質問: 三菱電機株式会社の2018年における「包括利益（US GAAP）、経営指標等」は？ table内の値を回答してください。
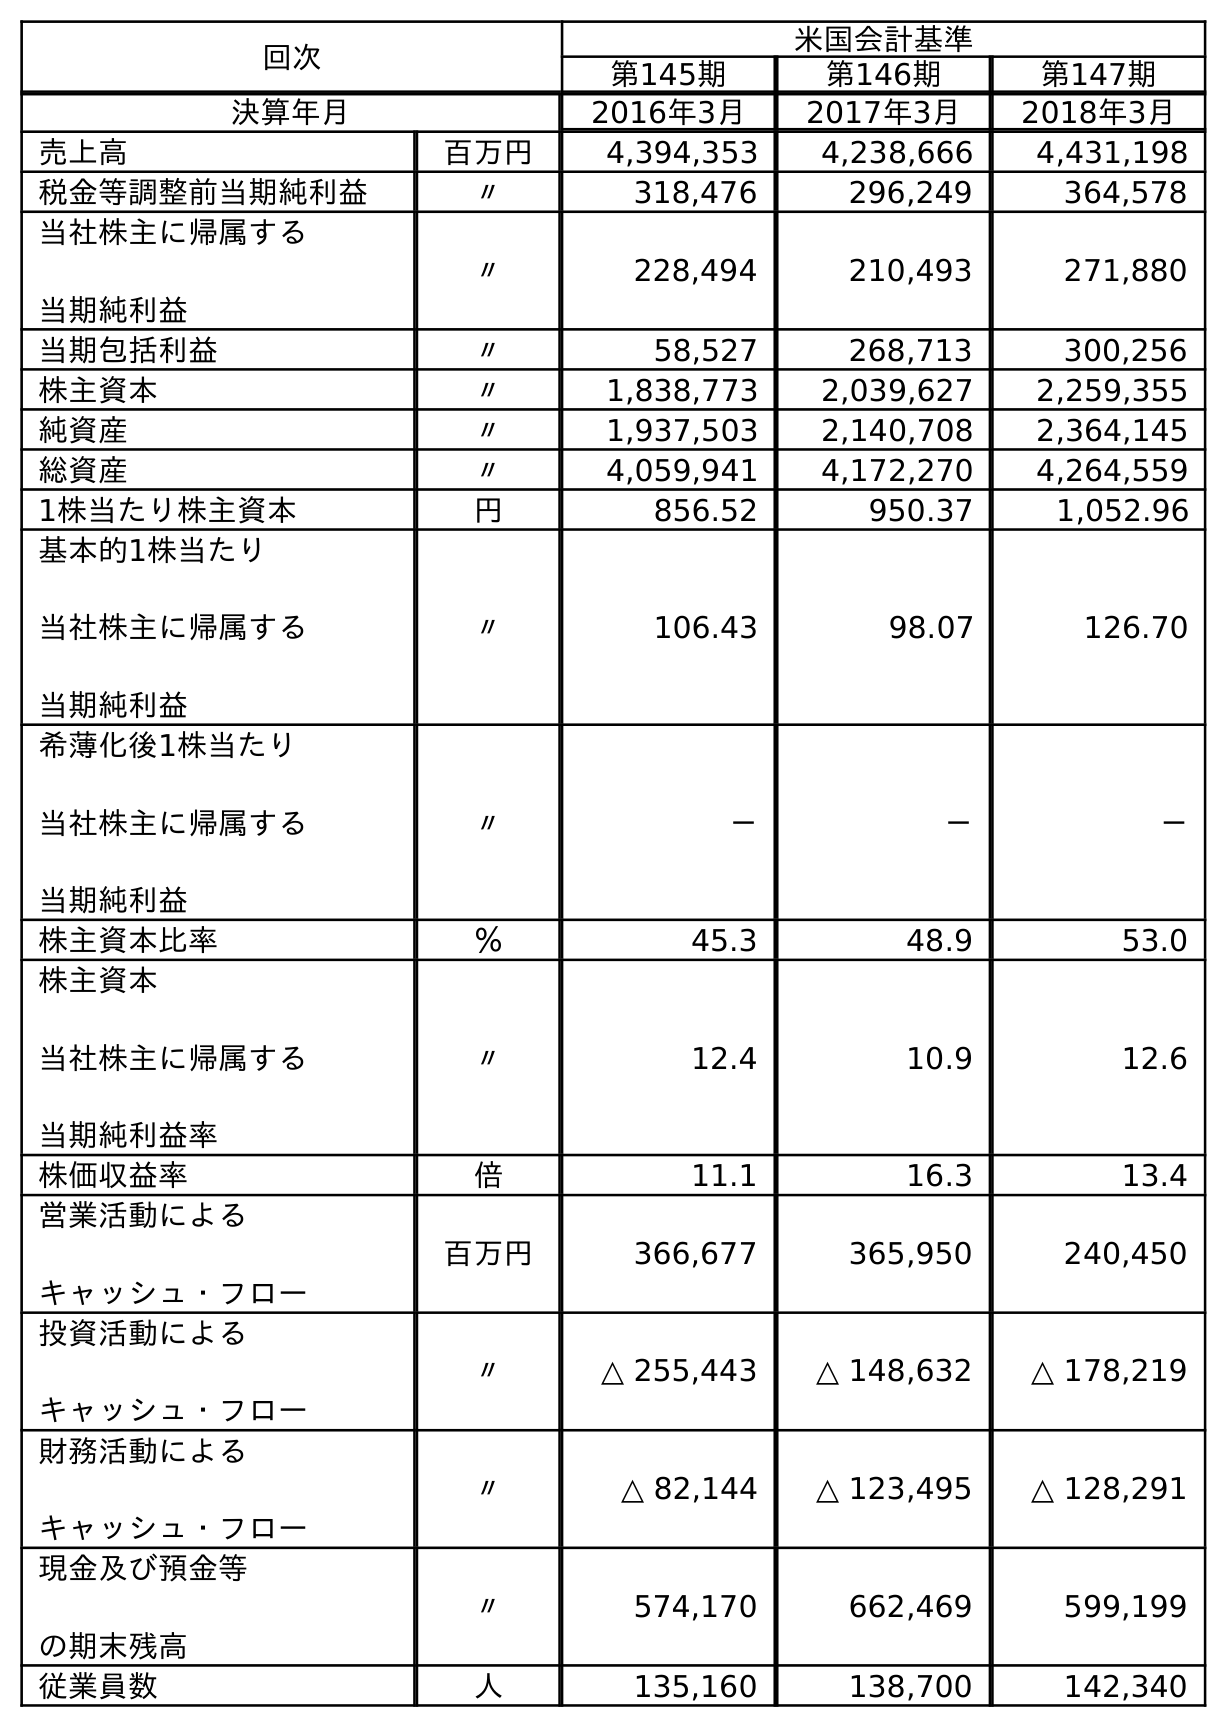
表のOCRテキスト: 回次 米国会計基準 第145期 第146期 第147期 決算年月 2016年3月 2017年3月 2018年3月 売上高 百万円 4,394,353 4,238,666 4,431,198 税金等調整前当期純利益 〃 318,476 296,249 364,578 当社株主に帰属する 当期純利益 〃 228,494 210,493 271,880 当期包括利益 〃 58,527 268,713 300,256 株主資本 〃 1,838,773 2,039,627 2,259,355 純資産 〃 1,937,503 2,140,708 2,364,145 総資産 〃 4,059,941 4,172,270 4,264,559 1株当たり株主資本 円 856.52 950.37 1,052.96 基本的1株当たり 当社株主に帰属する 当期純利益 〃 106.43 98.07 126.70 希薄化後1株当たり 当社株主に帰属する 当期純利益 〃 － － － 株主資本比率 ％ 45.3 48.9 53.0 株主資本 当社株主に帰属する 当期純利益率 〃 12.4 10.9 12.6 株価収益率 倍 11.1 16.3 13.4 営業活動による キャッシュ・フロー 百万円 366,677 365,950 240,450 投資活動による キャッシュ・フロー 〃 △ 255,443 △ 148,632 △ 178,219 財務活動による キャッシュ・フロー 〃 △ 82,144 △ 123,495 △ 128,291 現金及び預金等 の期末残高 〃 574,170 662,469 599,199 従業員数 人 135,160 138,700 142,340
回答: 300,256